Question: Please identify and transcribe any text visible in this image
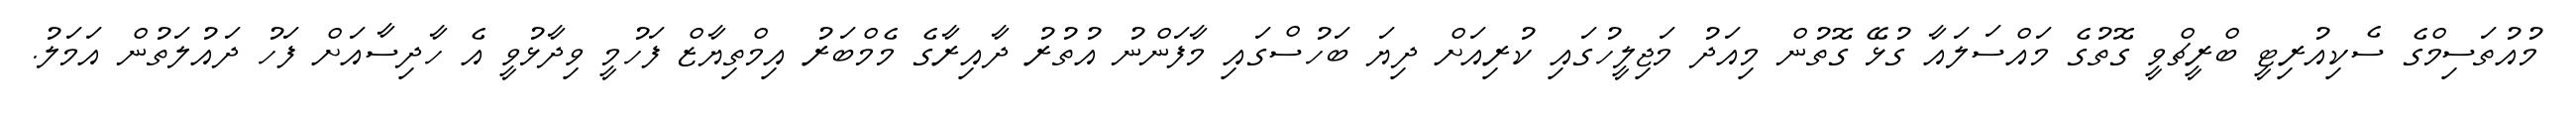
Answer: މުއުތަސިމްގެ ސެކިއުރިޓީ ބްރީޗްވީ ގޮތުގެ މައްސަލައާ ގުޅޭ ގޮތުން މިއަދު މަޖިލީހުގައި ކުރިއަށް ދިޔަ ބަހުސްގައި މާފަންނު އުތުރު ދާއިރާގެ މެމްބަރު އިމްތިޔާޒް ފަހުމީ ވިދާޅުވީ އެ ހާދިސާއަށް ފަހު ދައުލަތުން އަމަލު.